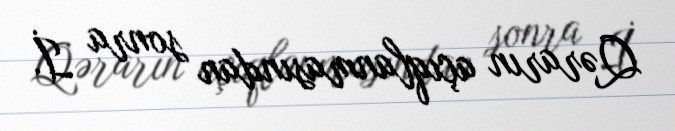
Qərarın açıqlanmasından sonra İ.